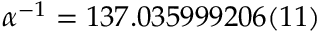
\alpha ^ { - 1 } = 1 3 7 . 0 3 5 9 9 9 2 0 6 ( 1 1 )